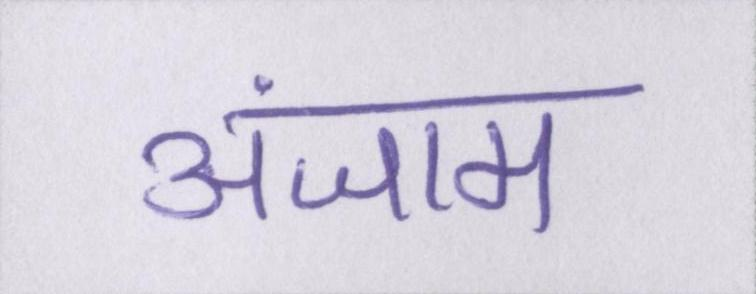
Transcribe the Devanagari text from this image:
अंजाम